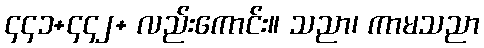
၄၄၁+၄၄၂+ လည်းကောင်း။ သညာ၊ ကာမသညာ